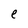
Character: e